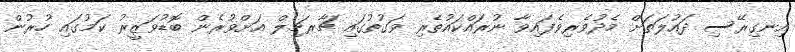
އިނގިރޭސި ދައުލަތަށް މެދުވެރިވެފައިވާ ނުރައްކައުތެރި ވަގުތުގައި ޗާރޗިލް އަށްވުރެން ބޮޑުވަޒީރު ކަމުގައި ހުރުން